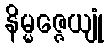
နိမ္မဇ္ဇေယျုံ